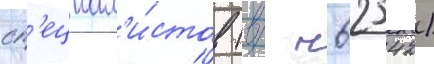
сп'ециал'и́стов (в/ ч 62542)